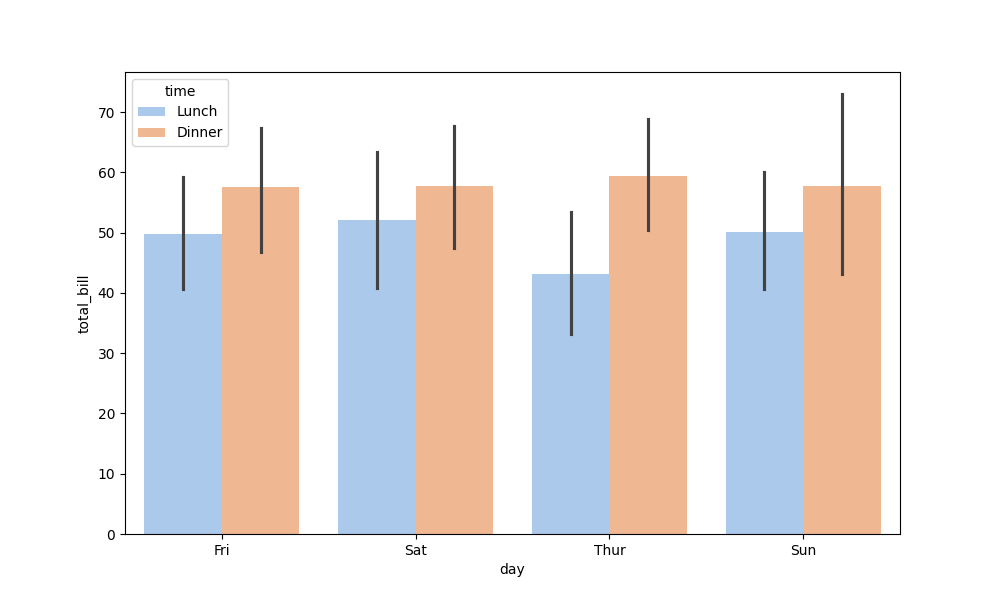
python, seaborn, barplot, hue='time', palette='pastel', ci=95, orient='v'